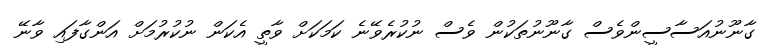
ގާނޫނުއަސާސީންވެސް ގާނޫނުތަކުން ވެސް ނުކުރެވޭނެ ކަމަކަށް ވާތީ އެކަން ނުކުރުމަށް އަންގާފައި ވާނޭ